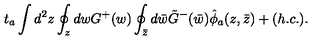
t _ { a } \int d ^ { 2 } z \oint _ { z } d w G ^ { + } ( w ) \oint _ { \bar { z } } d \bar { w } \tilde { G } ^ { - } ( \bar { w } ) \hat { \phi } _ { a } ( z , \bar { z } ) + ( h . c . ) .